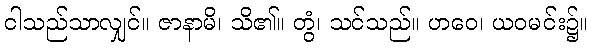
ငါသည်သာလျှင်။ ဇာနာမိ၊ သိ၏။ တွံ၊ သင်သည်။ ဟဝေ၊ ယဝမင်း၌။